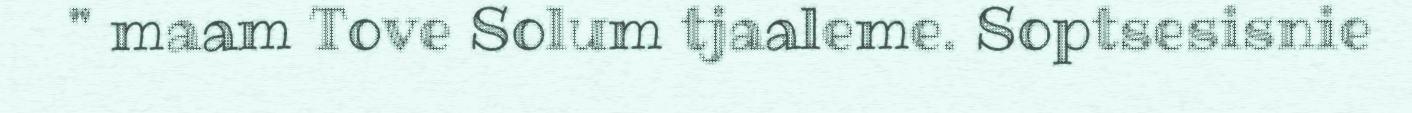
" maam Tove Solum tjaaleme. Soptsesisnie